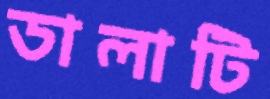
ডালাটি